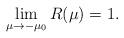
LaTeX: \begin{align*}\lim_{\mu \rightarrow-\mu_0}R(\mu)=1.\end{align*}